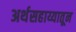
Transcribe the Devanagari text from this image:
अर्थसहाय्यातून